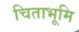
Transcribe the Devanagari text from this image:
चिताभूमि